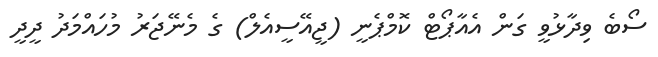
ސޯބެ ވިދާޅުވީ ގަން އެއާޕޯޓް ކޮމްޕެނީ (ޖީއޭސީއެލް) ގެ މެނޭޖަރު މުހައްމަދު ދީދީ